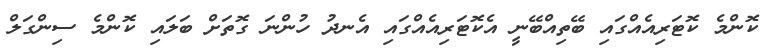
ކޮންމެ ކޮޓަރިއެއްގައި ބޭތިއްބޭނީ އެކޮޓަރިއެއްގައި އެނދު ހުންނަ ގޮތަށް ބަލައި ކޮންމެ ސިންގަލް